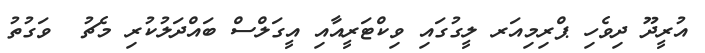
އުރީދޫ ދިވެހި ޕްރިމިއަރ ލީގުގައި ވިކްޓަރީއާއި އީގަލްސް ބައްދަލުކުރި މެޗު  ވަގުތު